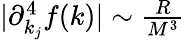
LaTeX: \begin{array}{r}{|\partial_{k_{j}}^{4}f(k)|\sim\frac{R}{M^{3}}}\end{array}